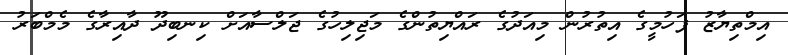
އިމްތިޔާޒު ފަހުމީގެ އިތުރުން މިއަދުގެ ރައްޔިތުންގެ މަޖިލިހުގެ ޖަލްސާއަށް ކިނބިދޫ ދާއިރާގެ މެމްބަރު